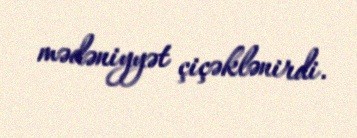
mədəniyyət çiçəklənirdi.